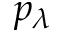
p _ { \lambda }